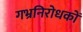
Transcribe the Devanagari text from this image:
गभ्रनिरोधकों